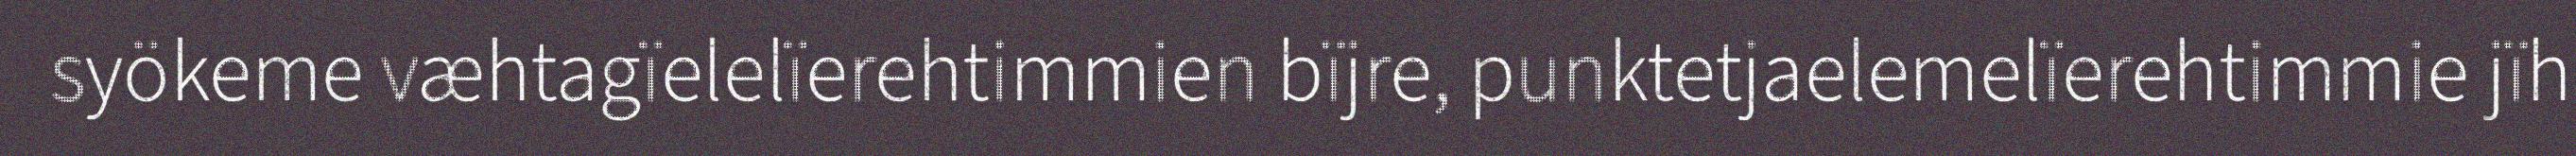
syökeme væhtagïelelïerehtimmien bïjre, punktetjaelemelïerehtimmie jïh